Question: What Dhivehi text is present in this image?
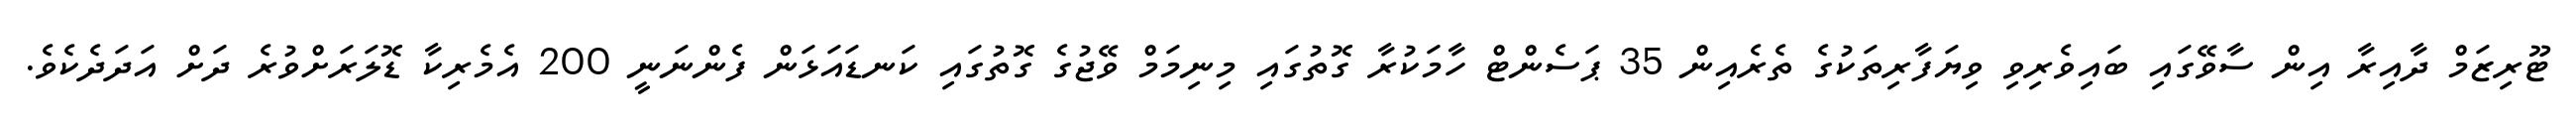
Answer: ޓޫރިޒަމް ދާއިރާ އިން ސާވޭގައި ބައިވެރިވި ވިޔަފާރިތަކުގެ ތެރެއިން 35 ޕަސެންޓް ހާމަކުރާ ގޮތުގައި މިނިމަމް ވޭޖުގެ ގޮތުގައި ކަނޑައަޅަން ފެންނަނީ 200 އެމެރިކާ ޑޮލަރަށްވުރެ ދަށް އަދަދެކެވެ.